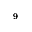
^ { - 9 }